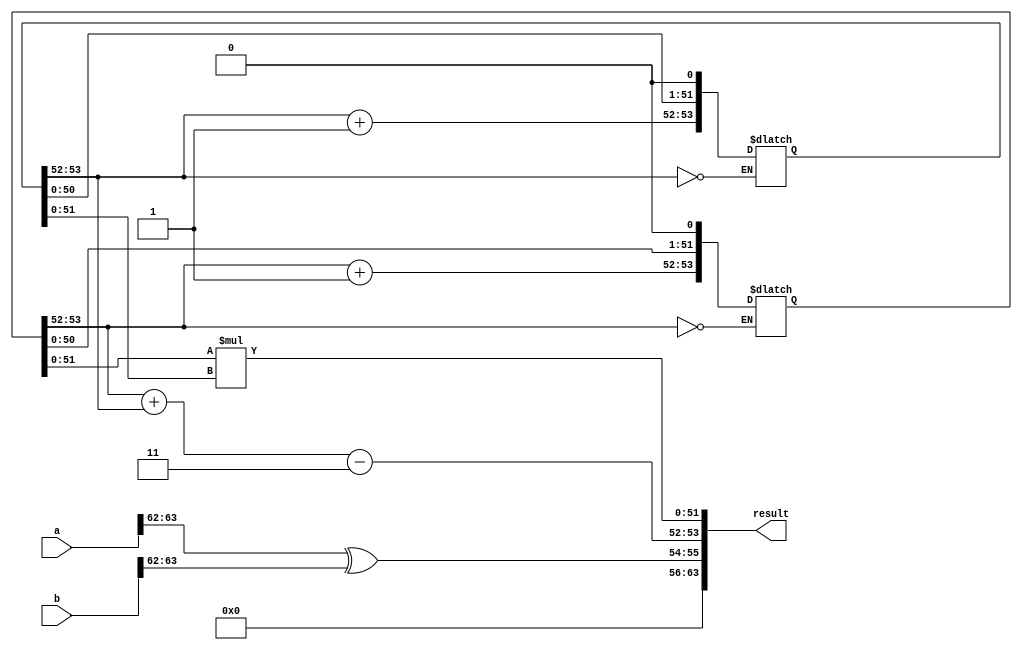
module FP64Multiplier(
  input [63:0] a,
  input [63:0] b,
  output reg [63:0] result
);
  reg [1:0] a_exp, b_exp, result_exp;
  reg [51:0] a_frac, b_frac, result_frac;
  reg [12:0] result_sign;
  reg [1:0] a_sign, b_sign;
  reg is_normalized;

  // Extracting sign, exponent, and fraction for operand A
  assign a_sign = a[63:62];
  assign a_exp = a[61:52];
  assign a_frac = {1'b1, a[51:0]};

  // Extracting sign, exponent, and fraction for operand B
  assign b_sign = b[63:62];
  assign b_exp = b[61:52];
  assign b_frac = {1'b1, b[51:0]};

  // Normalize operands if necessary
  always @* begin
    if (a_exp == 0) begin
      a_frac = a_frac << 1;
      a_exp = a_exp + 1;
    end

    if (b_exp == 0) begin
      b_frac = b_frac << 1;
      b_exp = b_exp + 1;
    end
  end

  // Multiplication
  always @* begin
    result_sign = a_sign ^ b_sign;
    result_exp = a_exp + b_exp - 1023; // Exponent bias is 1023
    result_frac = a_frac * b_frac;
    is_normalized = (result_frac[53:52] == 2'b11);

    if (is_normalized) begin
      result_exp = result_exp + 1;
      result_frac = result_frac >> 1;
    end

    result = {result_sign, result_exp, result_frac[51:0]};
  end
endmodule